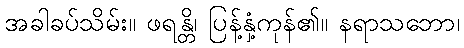
အခါခပ်သိမ်း။ ဖရန္တိ၊ ပြန့်နှံ့ကုန်၏။ နရာသဘော၊